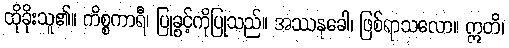
ထိုခိုးသူ၏။ ကိစ္စကာရီ၊ ပြုခွင့်ကိုပြုသည်။ အဿနုခေါ၊ ဖြစ်ရာသလော။ ဣတိ၊